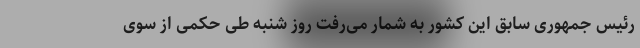
رئیس جمهوری سابق این کشور به شمار می‌رفت روز شنبه طی حکمی از سوی